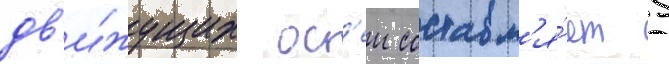
дв'и́жущих ос'еи составл'я́ет 5